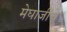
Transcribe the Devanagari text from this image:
मेघाजींचे